Report on vaccination in Madras 1877-1894 - 1877-1894
Year: 1877
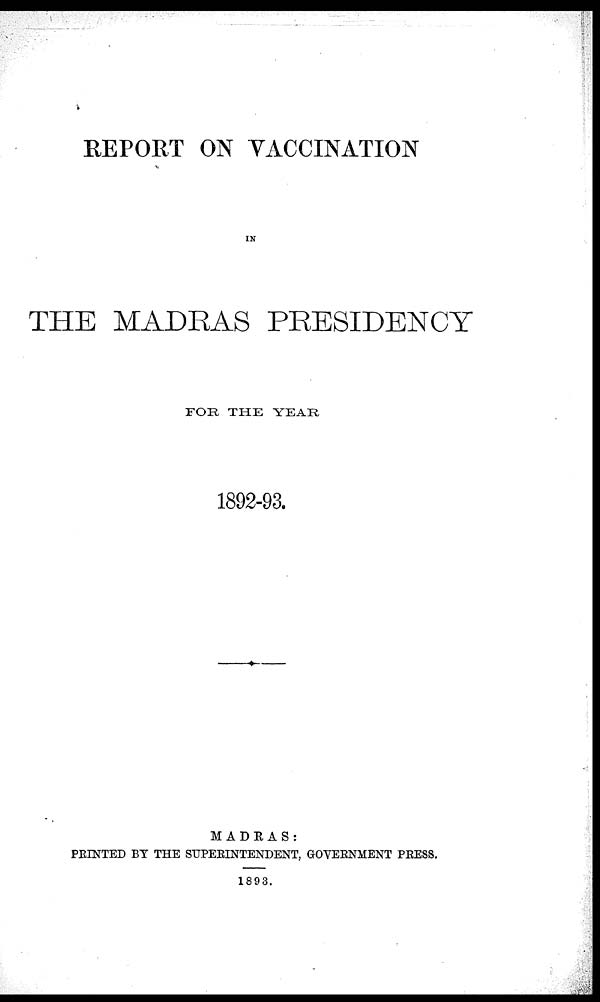
REPORT ON VACCINATION
IN
THE MADRAS PRESIDENCY
FOR THE YEAR
1892-93.
MADRAS:
PRINTED BY THE SUPERINTENDENT, GOVERNMENT PRESS.
1893.